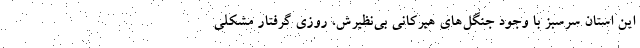
این استان سرسبز با وجود جنگل‌های هیرکانی بی‌نظیرش، روزی گرفتار مشکلی